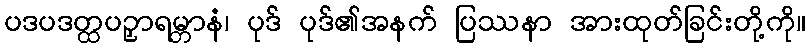
ပဒပဒတ္ထပဉှာရမ္ဘာနံ၊ ပုဒ် ပုဒ်၏အနက် ပြဿနာ အားထုတ်ခြင်းတို့ကို။